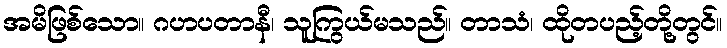
အမိဖြစ်သော။ ဂဟပတာနီ၊ သူကြွယ်မသည်။ တာသံ၊ ထိုတပည့်တို့တွင်။